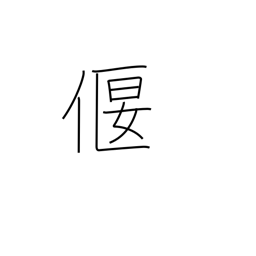
Meaning: weir